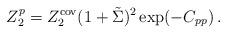
LaTeX: \begin{align*}Z_2^p=Z_2^{\mathrm{cov}}(1+\tilde\Sigma)^2\exp(-C_{pp})\,.\end{align*}